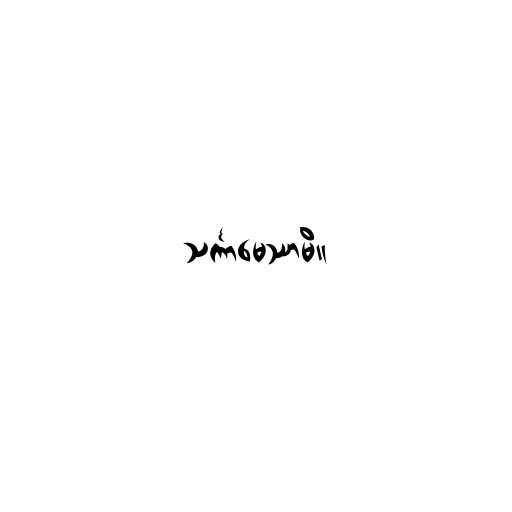
သင်္ကာမေဿာမိ။